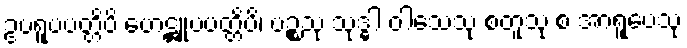
ဥပရူပပတ္တိပိ ဟေဋ္ဌူပပတ္တိပိ၊ ပဉ္စသု သုဒ္ဓါ ဝါသေသု စတူသု စ အာရူပေသု